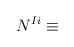
LaTeX: \begin{align*}N^{Ii} \equiv\end{align*}